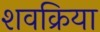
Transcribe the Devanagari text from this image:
शवक्रिया